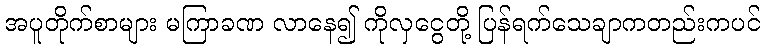
အပူတိုက်စာများ မကြာခဏ လာနေ၍ ကိုလှငွေတို့ ပြန်ရက်သေချာကတည်းကပင်